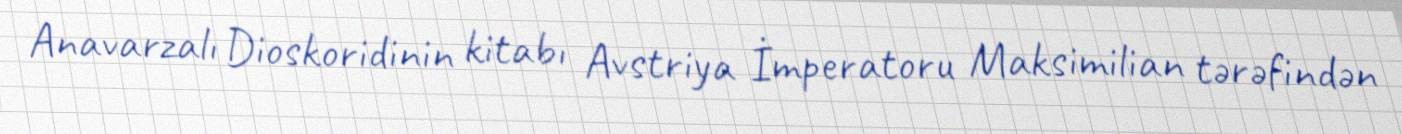
Anavarzalı Dioskoridinin kitabı Avstriya İmperatoru Maksimilian tərəfindən